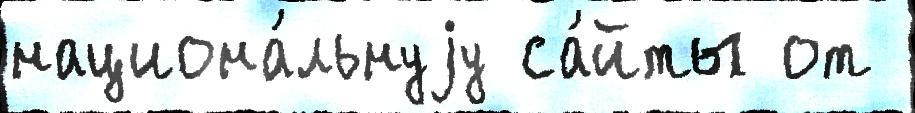
национа́льнуjу са́йты от